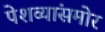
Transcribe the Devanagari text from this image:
पेशव्यांसमोर